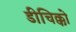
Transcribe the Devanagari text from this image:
डीचिक्को